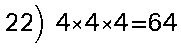
22) 4×4×4=64